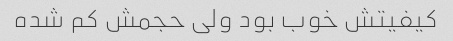
کیفیتش خوب بود ولی حجمش کم شده